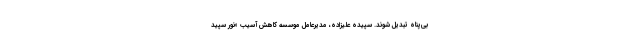
بی‌پناه تبدیل شوند. سپیده علیزاده، مدیرعامل موسسه کاهش آسیب «نور سپید